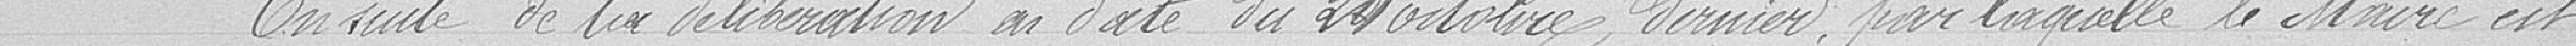
En suite de la délibération en  date du 24 octobre dernier, par laquelle le Maire est